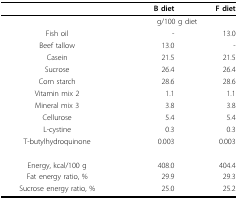
|  | B diet | F diet |
 | --- | --- | --- |
 |  | <COLSPAN=2> g/100 g diet |
 | Fish oil | - | 13.0 |
 | Beef tallow | 13.0 | - |
 | Casein | 21.5 | 21.5 |
 | Sucrose | 26.4 | 26.4 |
 | Corn starch | 28.6 | 28.6 |
 | Vitamin mix 2 | 1.1 | 1.1 |
 | Mineral mix 3 | 3.8 | 3.8 |
 | Cellurose | 5.4 | 5.4 |
 | L-cystine | 0.3 | 0.3 |
 | T-butylhydroquinone | 0.003 | 0.003 |
 | Energy, kcal/100 g | 408.0 | 404.4 |
 | Fat energy ratio, % | 29.9 | 29.3 |
 | Sucrose energy ratio, % | 25.0 | 25.2 |